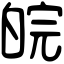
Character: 皖